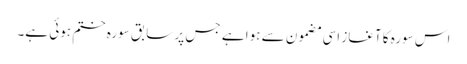
اس سورہ کا آغاز اسی مضمون سے ہوا ہے جس پر سابق سورہ ختم ہوئی ہے۔